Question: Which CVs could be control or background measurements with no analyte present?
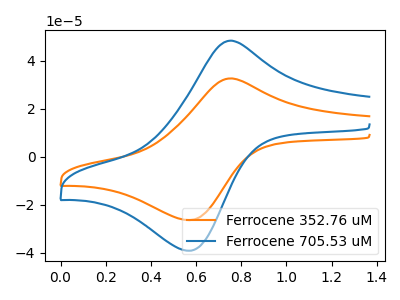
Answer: <think>The orange curve "Ferrocene 352.76 uM" has an anodic peak at (0.75V, 32.60uA) and a cathodic peak at (0.55V, -26.45uA). The blue curve "Ferrocene 705.53 uM" has an anodic peak at (0.75V, 48.35uA) and a cathodic peak at (0.55V, -39.20uA).</think>
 <answer>There are not any CV's on this graph that are likely to be blanks.</answer>
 <eval>none</eval>